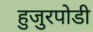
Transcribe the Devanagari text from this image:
हुजुरपोडी